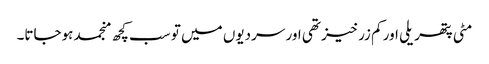
مٹی پتھریلی اور کم زرخیز تھی اور سردیوں میں تو سب کچھ منجمد ہوجاتا۔